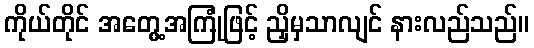
ကိုယ်တိုင် အတွေ့အကြုံဖြင့် ညှိမှသာလျင် နားလည်သည်။